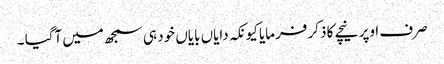
صرف اوپر نیچے کا ذکر فرمایا کیونکہ دایاں بایاں خود ہی سمجھ میں آگیا ۔